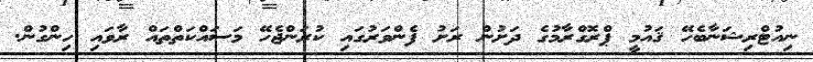
ނިއުޓްރިޝަނާބެހޭ ޤައުމީ ޕްރޮގްރާމުގެ ދަށުން ރަށު ފެންވަރުގައި ކުރަންޖެހޭ މަސައްކަތްތައް ރާވައި ހިންގުން.